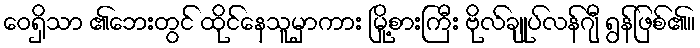
ဝေရှိသာ ၏ဘေးတွင် ထိုင်နေသူမှာကား မြို့စားကြီး ဗိုလ်ချုပ်လန်ဂျီ ရွန်ဖြစ်၏။